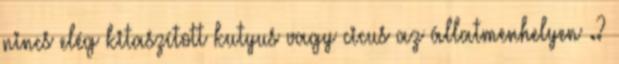
nincs elég kitaszított kutyus vagy cicus az állatmenhelyen .?